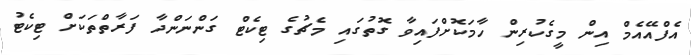
އެފްއޭއެމް އިން މީގެކުރިން ހާމަކޮށްފައިވާ ގޮތުގައި މެޗުގެ ޓިކެޓް ގަންނަންދާ ފަރާތްތަކަށް ޓިކެޓު